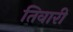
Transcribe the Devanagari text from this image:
तिवारीं